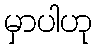
မှာပါဟု